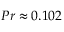
{ P r \approx 0 . 1 0 2 }